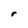
Character: r